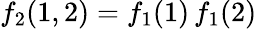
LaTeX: f_{2}(1,2)=f_{1}(1)\, f_{1}(2)